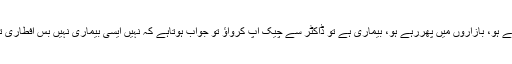
تم تو جوان آدمی ہو، صحت مند ہو، چلتے پھر رہے ہو، بازاروں میں پھررہے ہو، بیماری ہے تو ڈاکٹر سے چیک اپ کرواؤ تو جواب ہوتاہے کہ نہیں ایسی بیماری نہیں بس افطاری تک تھکاوٹ ہو جاتی ہے، کمزور ی ہوجاتی ہے۔